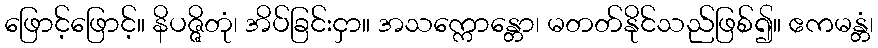
ဖြောင့်ဖြောင့်။ နိပဇ္ဇိတုံ၊ အိပ်ခြင်းငှာ။ အသက္ကောန္တော၊ မတတ်နိုင်သည်ဖြစ်၍။ ဧကမန္တံ၊